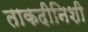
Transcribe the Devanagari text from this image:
ताकदीनिशी